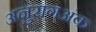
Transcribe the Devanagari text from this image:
अनुरागअंक